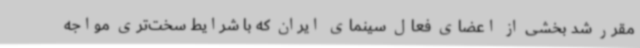
مقرر شد بخشی از اعضای فعال سینمای ایران که با شرایط سخت‌تری مواجه